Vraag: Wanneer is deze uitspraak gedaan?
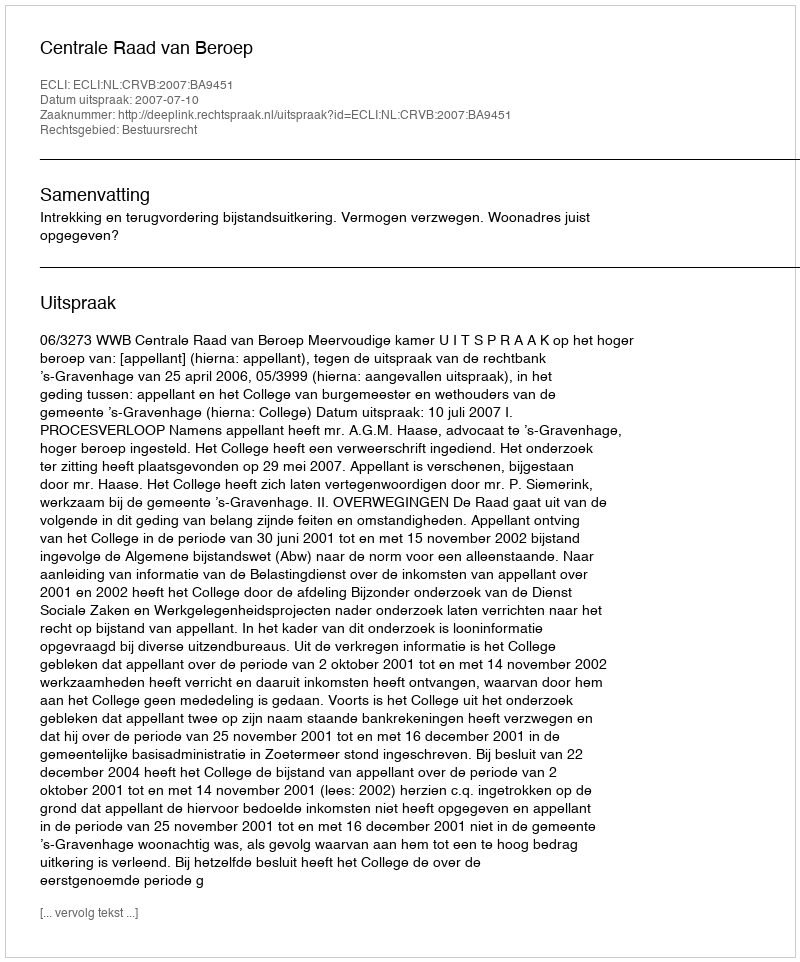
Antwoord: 2007-07-10